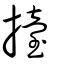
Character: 擡